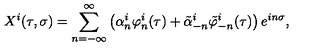
X ^ { i } ( \tau , \sigma ) = \sum _ { n = - \infty } ^ { \infty } \left( \alpha _ { n } ^ { i } \varphi _ { n } ^ { i } ( \tau ) + \tilde { \alpha } _ { - n } ^ { i } \tilde { \varphi } _ { - n } ^ { i } ( \tau ) \right) e ^ { i n \sigma } ,